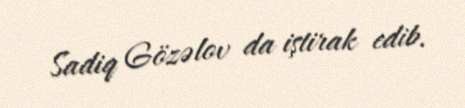
Sadiq Gözəlov da iştirak edib.